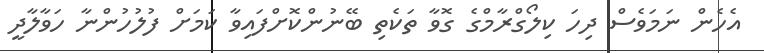
އެހެން ނަމަވެސް ދިހަ ކިލޯގްރާމްގެ ގޮވާ ތަކެތި ބޭނުންކޮށްފައިވާ ކަމަށް ފުލުހުންނާ ހަވާލާދީ